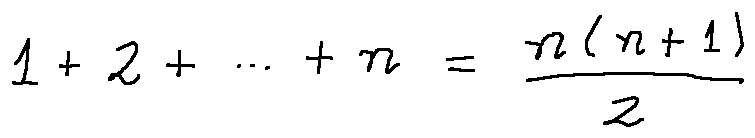
1 + 2 + \cdots + n = \frac { n ( n + 1 ) } { 2 }